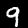
Label: 9